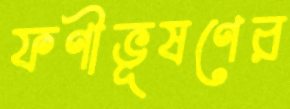
ফণীভূষণের